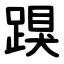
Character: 䠐